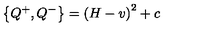
\left\{ Q ^ { + } , Q ^ { - } \right\} = \left( H - v \right) ^ { 2 } + c